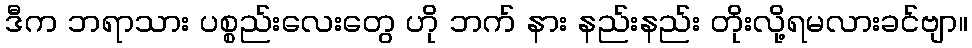
ဒီက ဘရာသား ပစ္စည်းလေးတွေ ဟို ဘက် နား နည်းနည်း တိုးလို့ရမလားခင်ဗျာ။